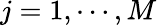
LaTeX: j=1,\cdots,M